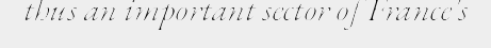
thus an important sector of France's